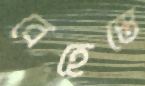
বেহেস্তে